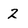
Character: 2